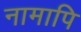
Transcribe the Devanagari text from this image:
नामापि